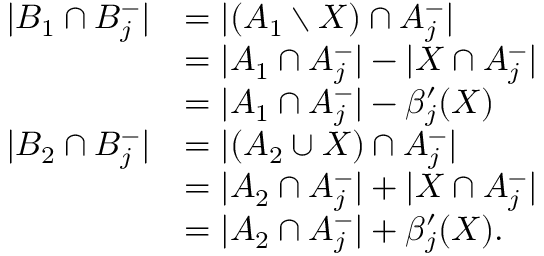
\begin{array} { r l } { | B _ { 1 } \cap B _ { j } ^ { - } | } & { = | ( A _ { 1 } \setminus X ) \cap A _ { j } ^ { - } | } \\ & { = | A _ { 1 } \cap A _ { j } ^ { - } | - | X \cap A _ { j } ^ { - } | } \\ & { = | A _ { 1 } \cap A _ { j } ^ { - } | - \beta _ { j } ^ { \prime } ( X ) } \\ { | B _ { 2 } \cap B _ { j } ^ { - } | } & { = | ( A _ { 2 } \cup X ) \cap A _ { j } ^ { - } | } \\ & { = | A _ { 2 } \cap A _ { j } ^ { - } | + | X \cap A _ { j } ^ { - } | } \\ & { = | A _ { 2 } \cap A _ { j } ^ { - } | + \beta _ { j } ^ { \prime } ( X ) . } \end{array}